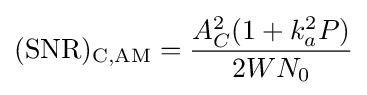
\mathrm {(SNR)_{C,AM}} ={\frac {A_{C}^{2}(1+k_{a}^{2}P)}{2WN_{0}}}